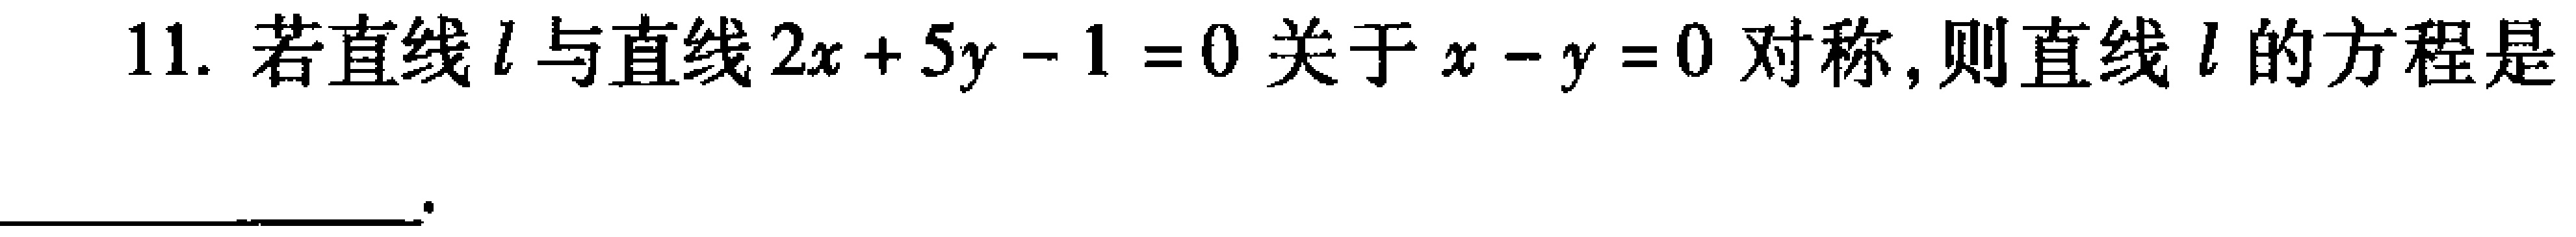
11. 若直线\(l\)与直线\(2x + 5y - 1 = 0\)关于\(x - y = 0\)对称，则直线\(l\)的方程是  。